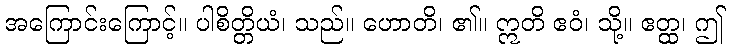
အကြောင်းကြောင့်။ ပါစိတ္တိယံ၊ သည်။ ဟောတိ၊ ၏။ ဣတိ ဧဝံ၊ သို့။ ဧတ္ထ၊ ဤ